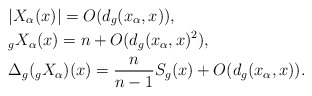
\begin{align*} & |X_\alpha(x) |=O(d_g(x_\alpha,x)),\\ &_g X_\alpha(x)=n+O(d_g(x_\alpha,x)^2),\\ &\Delta_g(_g X_\alpha)(x)=\frac{n}{n-1}S_g(x)+O(d_g(x_\alpha,x)). \end{align*}